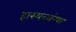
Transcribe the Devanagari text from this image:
हास्यव्यंग्य